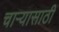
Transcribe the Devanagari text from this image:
चाऱ्यासाठी